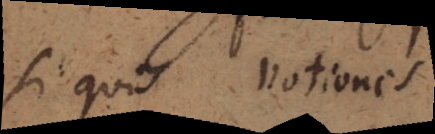
si quis notiones